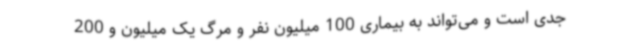
جدی است و می‌تواند به بیماری 100 میلیون نفر و مرگ یک میلیون و 200